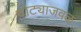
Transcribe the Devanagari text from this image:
घोट्याजवळ